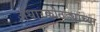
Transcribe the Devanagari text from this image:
अंधारकोठड्यांच्या